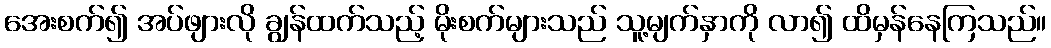
အေးစက်၍ အပ်ဖျားလို ချွန်ထက်သည့် မိုးစက်များသည် သူ့မျက်နှာကို လာ၍ ထိမှန်နေကြသည်။